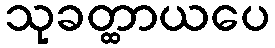
သုခတ္ထာယပေ